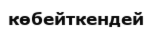
көбейткендей